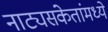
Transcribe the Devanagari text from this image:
नाट्यसंकेतांमध्ये